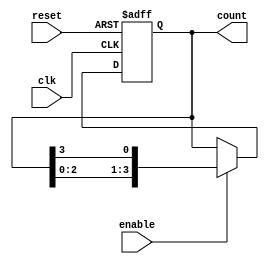
module binary_ring_counter (
    input wire clk,         // Clock input
    input wire reset,       // Reset input
    input wire enable,      // Enable input
    output reg [N-1:0] count // Output of the ring counter
);
    parameter N = 4; // Number of flip-flops

    always @(posedge clk or posedge reset) begin
        if (reset) begin
            // Initialize the counter to 1 at the least significant bit
            count <= 1'b1; // Starting state is 0001 for N=4
        end else if (enable) begin
            // Shift right: feedback from the last flip-flop to the first
            count <= {count[N-2:0], count[N-1]};
        end
    end
endmodule